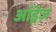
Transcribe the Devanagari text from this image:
आंड्रेज़